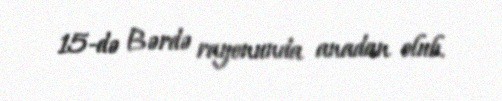
15-də Bərdə rayonunda anadan olub.